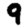
Digit: 9